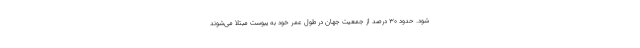
شود. حدود ۳۰ درصد از جمعیت جهان در طول عمر خود به یبوست مبتلا می‌شوند